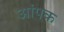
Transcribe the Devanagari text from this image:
आंपक